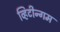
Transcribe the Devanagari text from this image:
व्हिटीन्गम